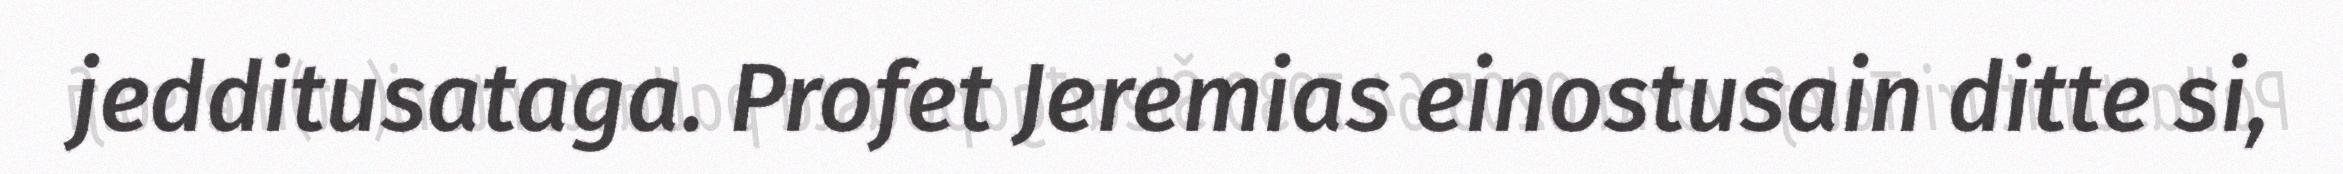
jedditusataga. Profet Jeremias einostusain ditte si,